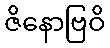
ဇိနောဗြဝိ